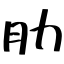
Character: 肋